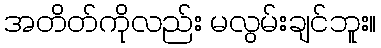
အတိတ်ကိုလည်း မလွမ်းချင်ဘူး။